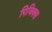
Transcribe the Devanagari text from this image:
पिजिक्स